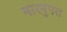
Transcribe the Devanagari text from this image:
नारनुपरा